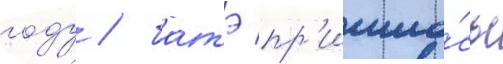
году / батэ пр'ишло́сь